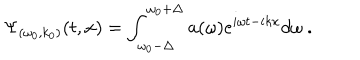
\Psi _ { ( \omega _ { 0 } , k _ { 0 } ) } ( t , x ) = \int _ { \omega _ { 0 } - \Delta } ^ { \omega _ { 0 } + \Delta } a ( \omega ) e ^ { i \omega t - i k x } d \omega ~ .